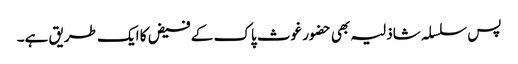
پس سلسلہ شاذلیہ بھی حضور غوث پاک کے فیض کا ایک طریق ہے۔